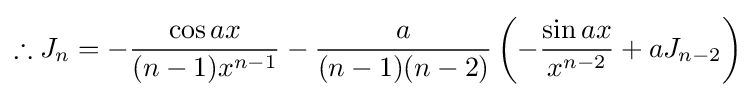
\therefore J_{n}=-{\frac {\cos {ax}}{(n-1)x^{n-1}}}-{\frac {a}{(n-1)(n-2)}}\left(-{\frac {\sin {ax}}{x^{n-2}}}+aJ_{n-2}\right)\,\!